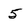
Character: 5